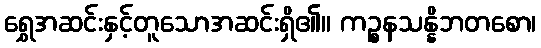
ရွှေအဆင်းနှင့်တူသောအဆင်းရှိ၏။ ကဉ္စနသန္နိဘတစော၊